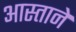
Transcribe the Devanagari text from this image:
आस्ताने